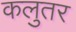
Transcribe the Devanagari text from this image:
कलुतर